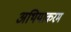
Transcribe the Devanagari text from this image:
अथियाकरम